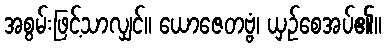
အစွမ်းဖြင့်သာလျှင်။ ယောဇေတဗ္ဗံ၊ ယှဉ်စေအပ်၏။